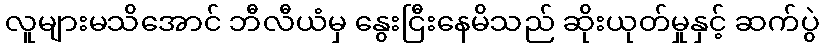
လူများမသိအောင် ဘီလီယံမှ နွေးငြီးနေမိသည် ဆိုးယုတ်မှုနှင့် ဆက်ပွဲ